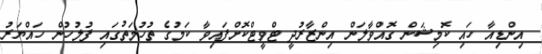
އިންޑިއާ ހައި ކޮމިޝަން ގޮއްވާލަން އިންޒާރުދީ ޓްވީޓްކޮށްފައިވާ ކަމުގެ ތުހުމަތުގައި ފުލުހުން ހައްޔަރު